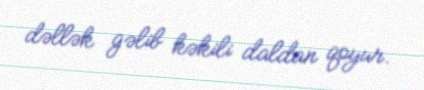
dəllək gəlib kəkili daldan qoyur.